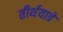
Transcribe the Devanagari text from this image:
तीर्थयात्रे